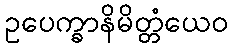
ဥပေက္ခာနိမိတ္တံယေဝ